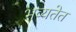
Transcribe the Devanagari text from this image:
भव्यतेत